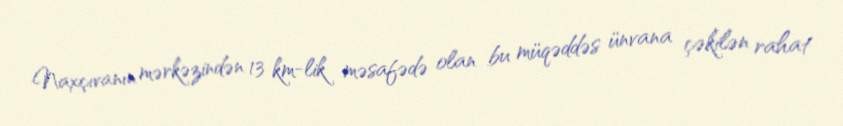
Naxçıvanın mərkəzindən 13 km-lik məsafədə olan bu müqəddəs ünvana çəkilən rahat